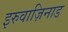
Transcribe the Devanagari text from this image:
इरुवाज़िनाड